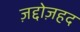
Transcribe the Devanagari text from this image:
ज़द्दोज़हद